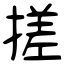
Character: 搓